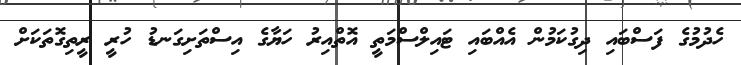
ހެދުމުގެ ފަސްބައި ދިގުކަމުން އެއްބައި ޓައިލްސްމަތީ އޮތްއިރު ހަޔާގެ އިސްތަށިގަނޑު ހުރީ ރީތިގޮތަކަަށް